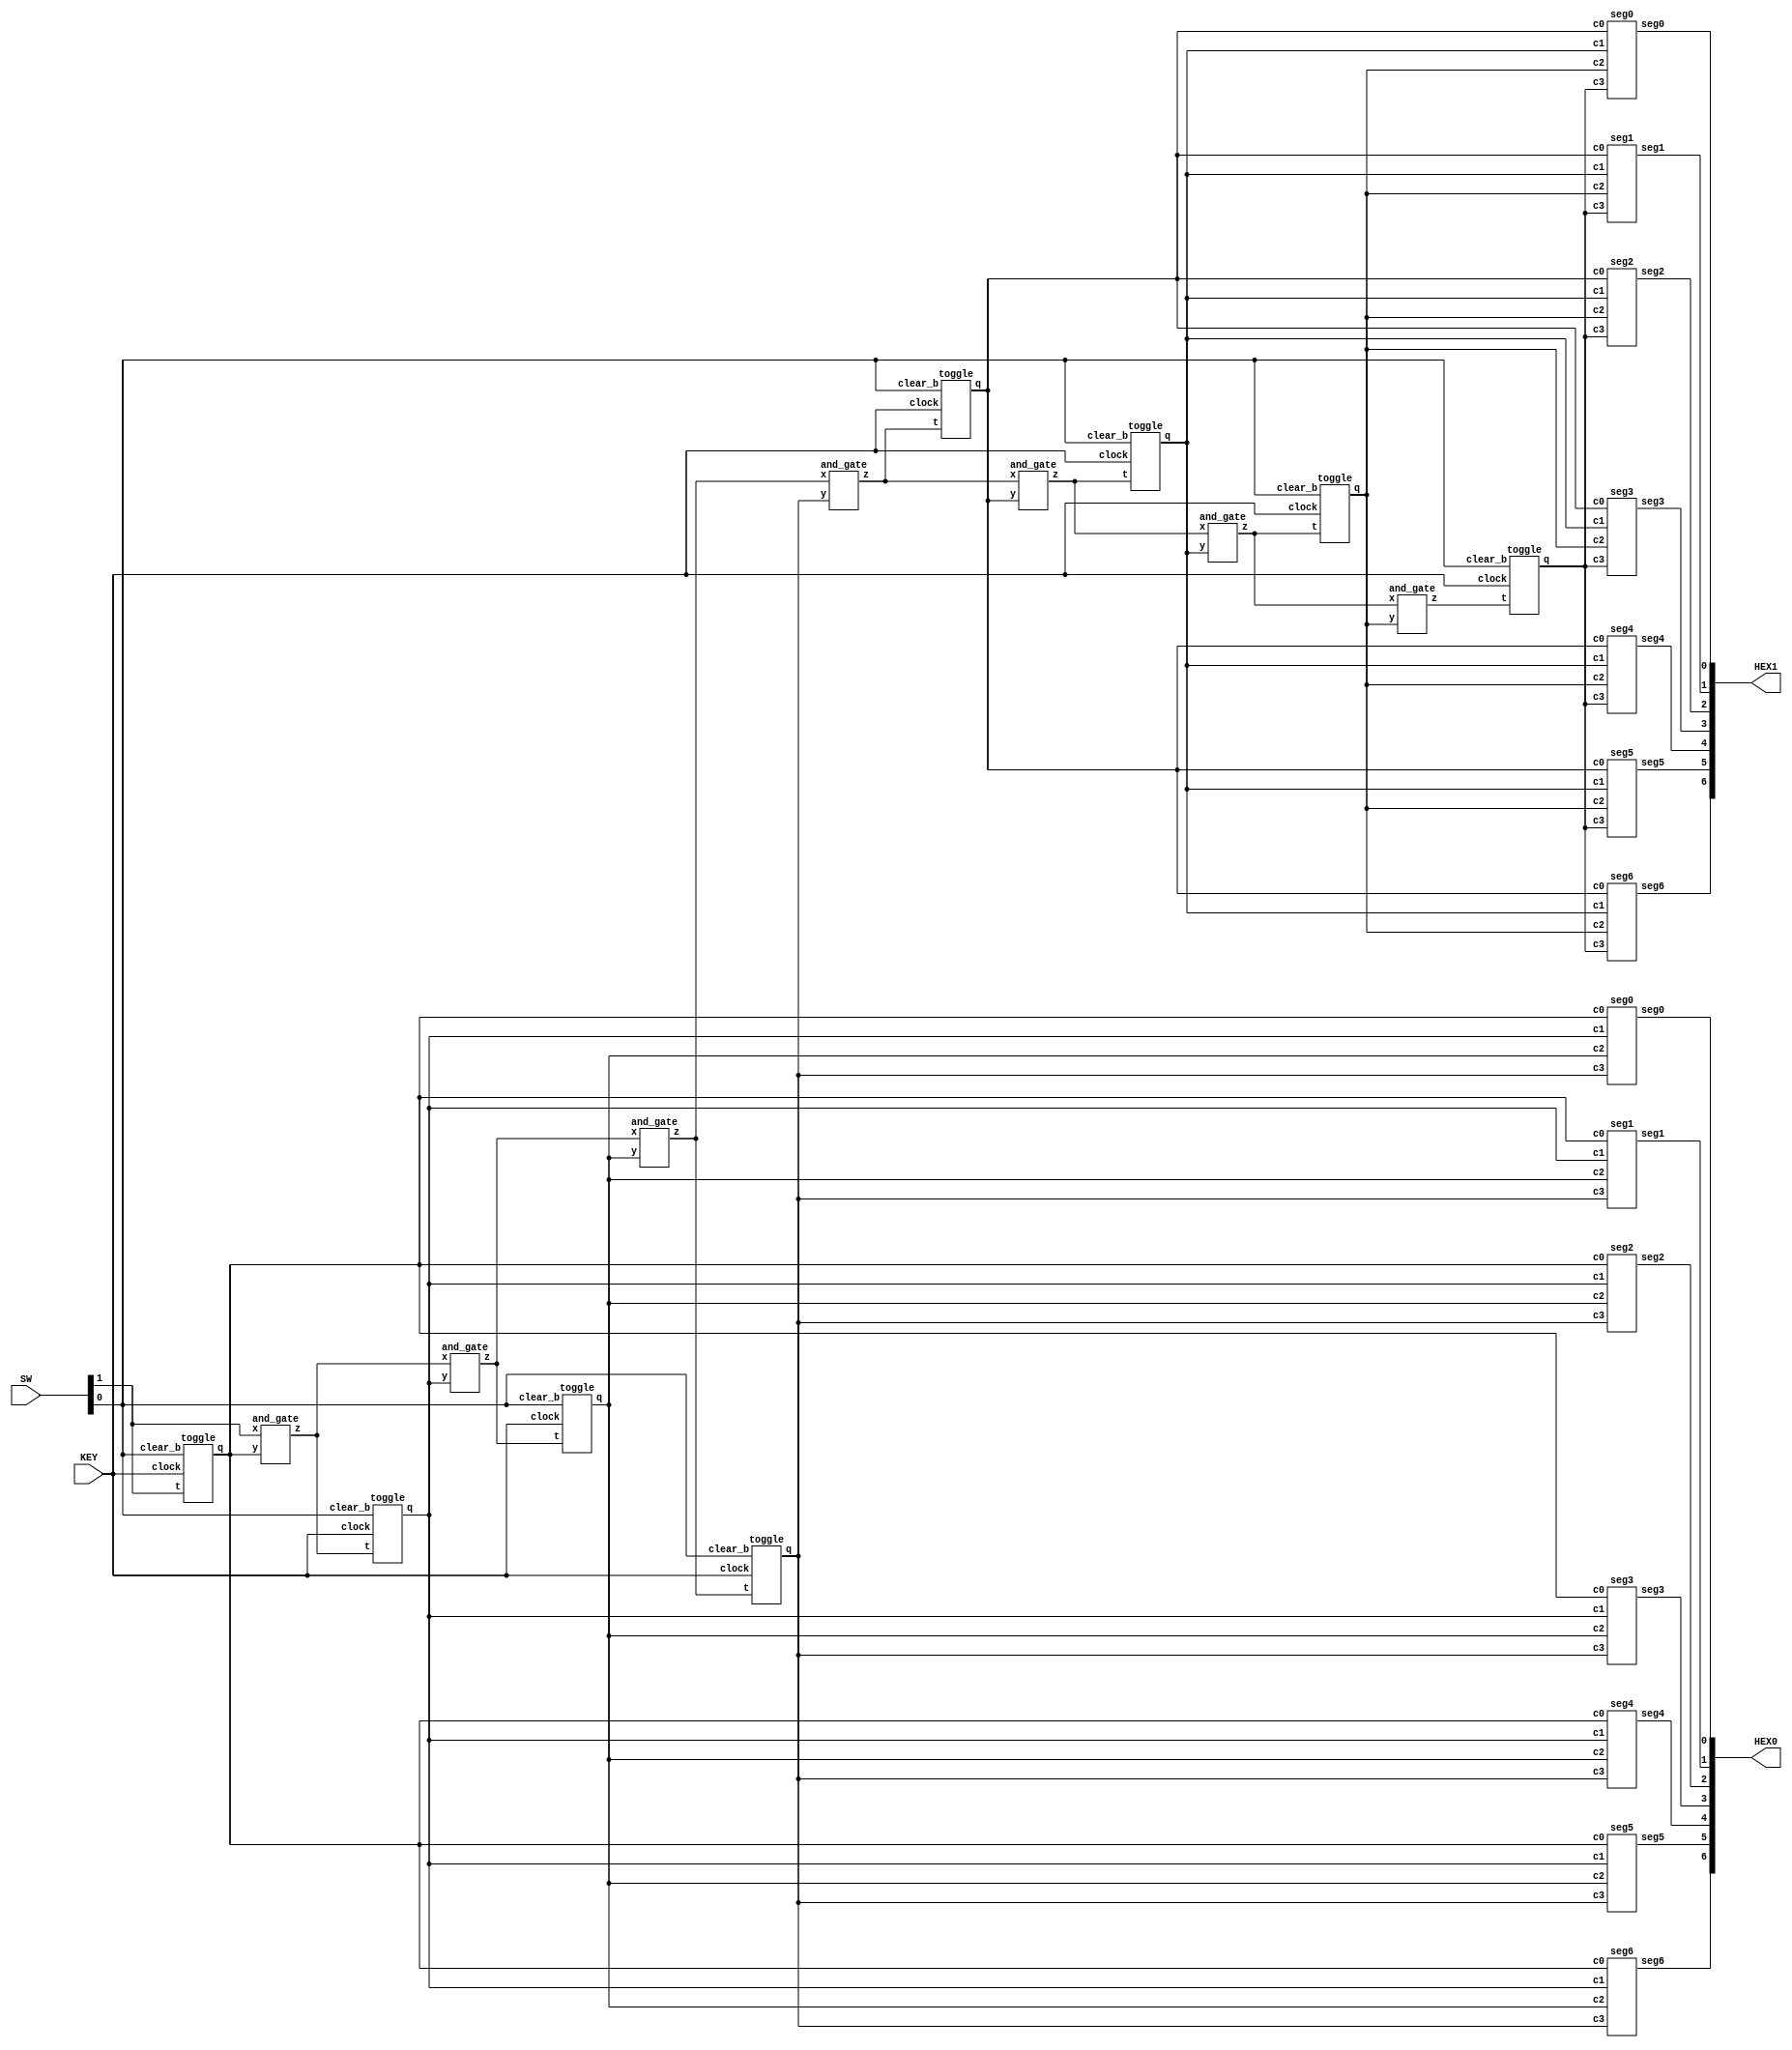
module counter(SW, KEY, HEX0, HEX1);
	
	input [1:0] SW;
	input [0:0] KEY;
	output [6:0] HEX0;
    	output [6:0] HEX1;

	wire Clock, Clear_b, Enable;
	wire [7:0] Q;
	wire [6:0] a;

	assign Clock = KEY[0];
	assign Clear_b = SW[0];
	assign Enable = SW[1];

	toggle q0(
		.t(Enable),
		.clock(Clock),
		.clear_b(Clear_b),
		.q(Q[0])
	);

	toggle q1(
		.t(a[0]),
		.clock(Clock),
		.clear_b(Clear_b),
		.q(Q[1])
	);

	toggle q2(
		.t(a[1]),
		.clock(Clock),
		.clear_b(Clear_b),
		.q(Q[2])
	);

	toggle q3(
		.t(a[2]),
		.clock(Clock),
		.clear_b(Clear_b),
		.q(Q[3])
	);

	toggle q4(
		.t(a[3]),
		.clock(Clock),
		.clear_b(Clear_b),
		.q(Q[4])
	);

	toggle q5(
		.t(a[4]),
		.clock(Clock),
		.clear_b(Clear_b),
		.q(Q[5])
	);

	toggle q6(
		.t(a[5]),
		.clock(Clock),
		.clear_b(Clear_b),
		.q(Q[6])
	);

	toggle q7(
		.t(a[6]),
		.clock(Clock),
		.clear_b(Clear_b),
		.q(Q[7])
	);
	
	and_gate a0(
		.x(Enable),
		.y(Q[0]),
		.z(a[0])	
	);

	and_gate a1(
		.x(a[0]),
		.y(Q[1]),
		.z(a[1])
	);

	and_gate a2(
		.x(a[1]),
		.y(Q[2]),
		.z(a[2])	
	);

	and_gate a3(
		.x(a[2]),
		.y(Q[3]),
		.z(a[3])	
	);

	and_gate a4(
		.x(a[3]),
		.y(Q[4]),
		.z(a[4])	
	);

	and_gate a5(
		.x(a[4]),
		.y(Q[5]),
		.z(a[5])	
	);

	and_gate a6(
		.x(a[5]),
		.y(Q[6]),
		.z(a[6])	
	);

     	seg0 lower0(
        	.c0(Q[0]),
        	.c1(Q[1]),
        	.c2(Q[2]),
        	.c3(Q[3]),
        	.seg0(HEX0[0])
        );
     	seg1 lower1(
        	.c0(Q[0]),
        	.c1(Q[1]),
        	.c2(Q[2]),
        	.c3(Q[3]),
        	.seg1(HEX0[1])
        );
     	seg2 lower2(
        	.c0(Q[0]),
        	.c1(Q[1]),
        	.c2(Q[2]),
        	.c3(Q[3]),
        	.seg2(HEX0[2])
        );
     	seg3 lower3(
        	.c0(Q[0]),
        	.c1(Q[1]),
        	.c2(Q[2]),
        	.c3(Q[3]),
        	.seg3(HEX0[3])
        );
     	seg4 lower4(
        	.c0(Q[0]),
        	.c1(Q[1]),
        	.c2(Q[2]),
        	.c3(Q[3]),
        	.seg4(HEX0[4])
        );
     	seg5 lower5(
        	.c0(Q[0]),
        	.c1(Q[1]),
        	.c2(Q[2]),
        	.c3(Q[3]),
        	.seg5(HEX0[5])
        );
     	seg6 lower6(
        	.c0(Q[0]),
        	.c1(Q[1]),
        	.c2(Q[2]),
        	.c3(Q[3]),
        	.seg6(HEX0[6])
        );

     	seg0 upper0(
        	.c0(Q[4]),
        	.c1(Q[5]),
        	.c2(Q[6]),
        	.c3(Q[7]),
        	.seg0(HEX1[0])
        );
     	seg1 upper1(
        	.c0(Q[4]),
        	.c1(Q[5]),
        	.c2(Q[6]),
        	.c3(Q[7]),
        	.seg1(HEX1[1])
        );

     	seg2 upper2(
        	.c0(Q[4]),
        	.c1(Q[5]),
        	.c2(Q[6]),
        	.c3(Q[7]),
        	.seg2(HEX1[2])
        );
     	seg3 upper3(
        	.c0(Q[4]),
        	.c1(Q[5]),
        	.c2(Q[6]),
        	.c3(Q[7]),
        	.seg3(HEX1[3])
        );
     	seg4 upper4(
        	.c0(Q[4]),
        	.c1(Q[5]),
        	.c2(Q[6]),
        	.c3(Q[7]),
        	.seg4(HEX1[4])
        );
     	seg5 upper5(
        	.c0(Q[4]),
        	.c1(Q[5]),
        	.c2(Q[6]),
        	.c3(Q[7]),
        	.seg5(HEX1[5])
        );
     	seg6 upper6(
        	.c0(Q[4]),
        	.c1(Q[5]),
        	.c2(Q[6]),
        	.c3(Q[7]),
        	.seg6(HEX1[6])
        );


endmodule

module toggle(t, clock, clear_b, q, not_q);

	input t, clock, clear_b;
	output q, not_q;
	reg q;
	wire not_q;

	assign not_q = ~q;
	
	always @(posedge clock, negedge clear_b)
	begin
		if (clear_b == 1'b0)
			q <= 0;
		else 
			if (t == 1'b1)
				q <= ~q;
	end
endmodule

module and_gate(x, y, z);
	
	input x, y;
	output z;

	assign z = x & y;
endmodule

module seg0(c0, c1, c2, c3, seg0);
    input c0;
    input c1;
    input c2;
    input c3;
    output seg0;
    assign seg0 = (~c3 & ~c2 & ~c1 & c0) | (~c3 & c2 & ~c1 & ~c0)
    | (c3 & c2 & ~c1 & c0) | (c3 & ~c2 & c1 &c0);
endmodule

module seg1(c0, c1, c2, c3, seg1);
    input c0;
    input c1;
    input c2;
    input c3;
    output seg1;
    assign seg1 = (~c3 & c2 & ~c1 & c0) |
    (c3 & c2 & ~c1 & ~c0) |
    (c3 & c1 & c0) |
    (c2 & c1 & ~c0) |
    (c3 & c2 & c1);
endmodule

module seg2(c0, c1, c2, c3, seg2);
    input c0;
    input c1;
    input c2;
    input c3;
    output seg2;
    assign seg2 = (c3 & c2 & ~c1 & ~c0) |
    (~c3 & ~c2 & c1 & ~c0) |
    (c3 & c2 & c1);
endmodule

module seg3(c0, c1, c2, c3, seg3);
    input c0;
    input c1;
    input c2;
    input c3;
    output seg3;
    assign seg3 = (~c3 & c2 & ~c1 & ~c0) |
    (!c3 & ~c2 & ~c1 & c0) |
    (c2 & c1 & c0) |
    (c3 & ~c2 & c1 & ~c0);
endmodule

module seg4(c0, c1, c2, c3, seg4);
    input c0;
    input c1;
    input c2;
    input c3;
    output seg4;
    assign seg4 = (~c3 & c0) |
    (~c3 & c2 & ~c1) |
    (~c2 & ~c1 & c0);
endmodule

module seg5(c0, c1, c2, c3, seg5);
    input c0;
    input c1;
    input c2;
    input c3;
    output seg5;
    assign seg5 = (~c3 & ~c2 & c0) |
    (~c3 & c1 & c0) |
    (~c3 & ~c2 & c1);
endmodule

module seg6(c0, c1, c2, c3, seg6);
    input c0;
    input c1;
    input c2;
    input c3;
    output seg6;
    assign seg6 = (~c3 & ~c2 & ~c1) |
    (c3 & c2 & ~c1 & ~c0) |
    (~c3 & c2 & c1 & c0);
endmodule